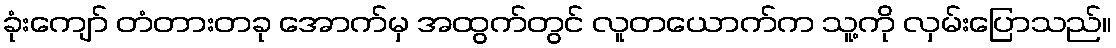
ခုံးကျော် တံတားတခု အောက်မှ အထွက်တွင် လူတယောက်က သူ့ကို လှမ်းပြောသည်။